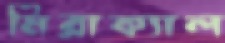
মিরাক্যাল